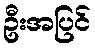
ဦးအပြင်